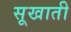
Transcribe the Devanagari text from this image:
सूखाती